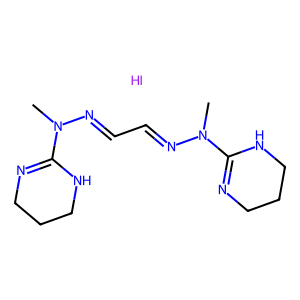
SMILES: CN(N=CC=NN(C)C1=NCCCN1)C1=NCCCN1.I
Inhibits HIV replication: No